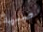
صبية